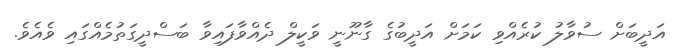
އަދީބަށް ސުވާލު ކުރެއްވި ކަމަށް އަދީބުގެ ގާނޫނީ ވަކީލް ދެއްވާފައިވާ ބަސްދީގަތުމެއްގައި ވެއެވެ.